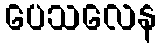
ပေသလေန